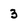
Character: 3